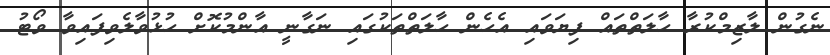
ނެގުން ލާޒިމްކުރާ ހާލަތްތައް ފިޔަވައި އެހެން ހާލަތްތަކުގައި ނަގާނީ އާންމުކޮށް ހުޅުވާލެވިފައިވާ ވޯޓު